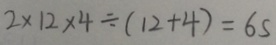
2 \times 1 2 \times 4 \div ( 1 2 + 4 ) = 6 s